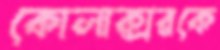
কোলাক্সরকে